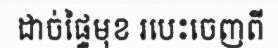
ដាច់ផ្ទៃមុខ របេះចេញពី